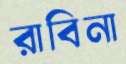
রাবিনা